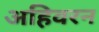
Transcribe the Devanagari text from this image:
अहिवरन